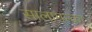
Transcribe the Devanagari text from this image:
सालामन्का